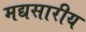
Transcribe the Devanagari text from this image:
मद्यसारीय